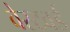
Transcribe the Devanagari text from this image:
वेस्टवर्ड